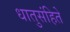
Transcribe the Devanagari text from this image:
धातुसंहिते